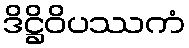
ဒိဋ္ဌိဝိပဿကံ